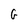
Character: G